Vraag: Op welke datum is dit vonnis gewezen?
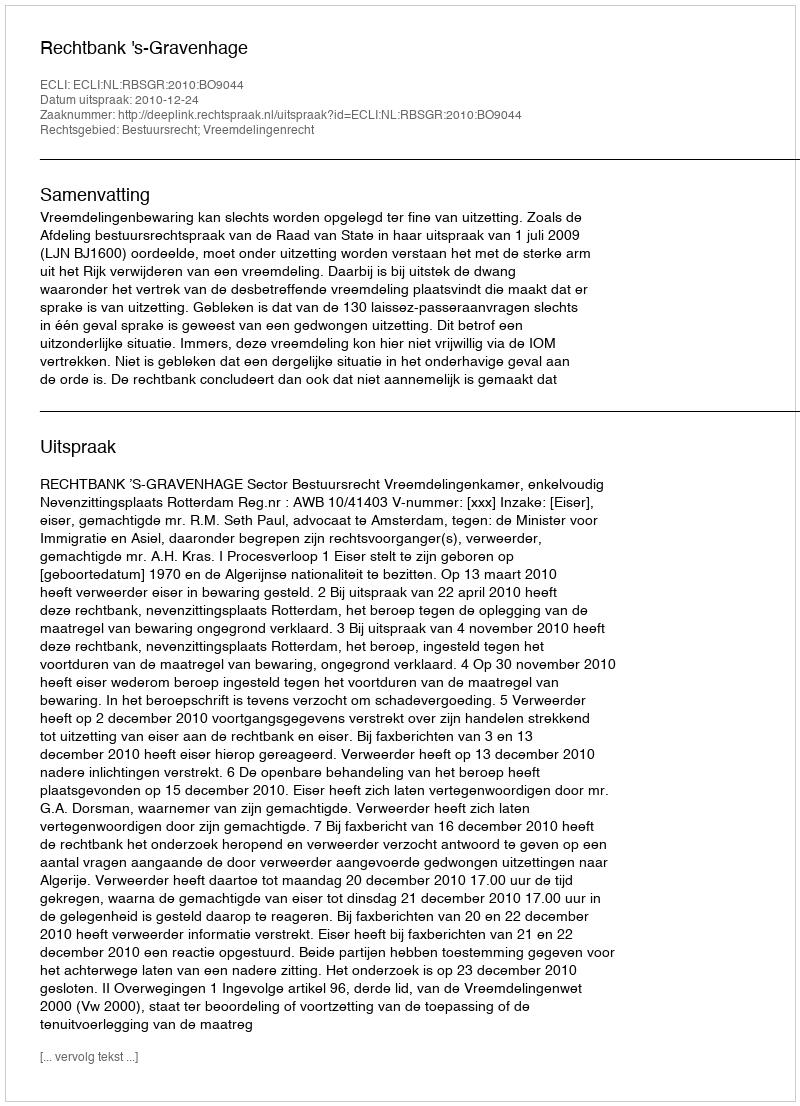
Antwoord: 2010-12-24